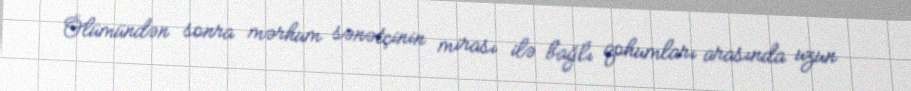
Ölümündən sonra mərhum sənətçinin mirası ilə bağlı qohumları arasında uzun